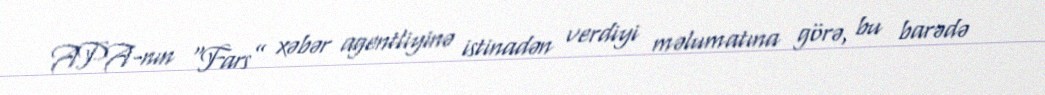
APA-nın “Fars” xəbər agentliyinə istinadən verdiyi məlumatına görə, bu barədə